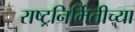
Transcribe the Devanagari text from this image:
राष्ट्रनिर्मितीच्या